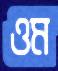
ওম